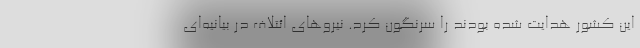
این کشور هدایت شده بودند را سرنگون کرد. نیروهای ائتلاف در بیانیه‌ای